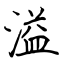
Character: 溢